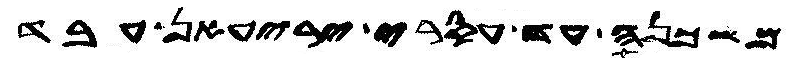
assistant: משכנה עד עסרי יריעאן עבד